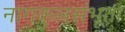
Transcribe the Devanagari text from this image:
नागकुलसंभूता